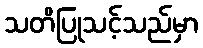
သတိပြုသင့်သည်မှာ